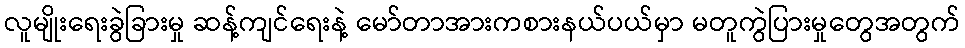
လူမျိုးရေးခွဲခြားမှု ဆန့်ကျင်ရေးနဲ့ မော်တာအားကစားနယ်ပယ်မှာ မတူကွဲပြားမှုတွေအတွက်